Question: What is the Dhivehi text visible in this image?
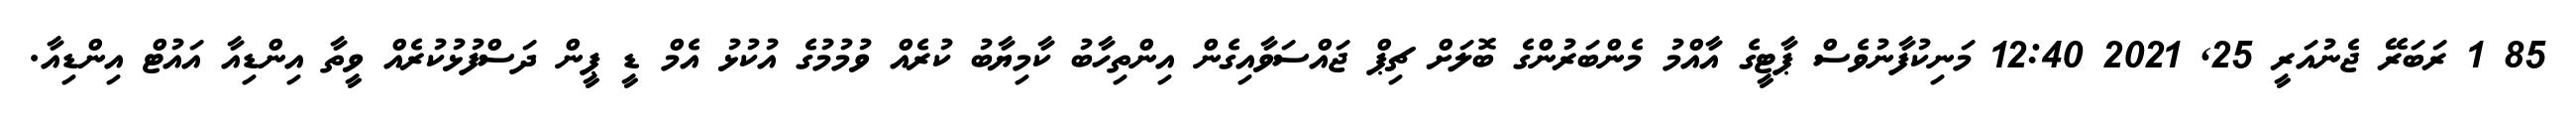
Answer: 85 1 ރަބަރޭ ޖެނުއަރީ 25, 2021 12:40 މަނިކުފާނުވެސް ޕާޓީގެ އާއްމު މެންބަރުންގެ ބޮލަށް ޗިޕް ޖައްސަވާއިގެން އިންތިހާބު ކާމިޔާބު ކުރެއް ވުމުމުގެ އުކުޅު އެމް ޑީ ޕީން ދަސްފުޅުކުރެއް ވީތާ އިންޑިއާ އައުޓް އިންޑިއާ.